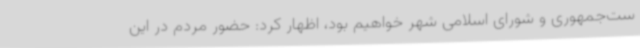
ست‌جمهوری و شورای اسلامی شهر خواهیم بود، اظهار کرد: حضور مردم در این